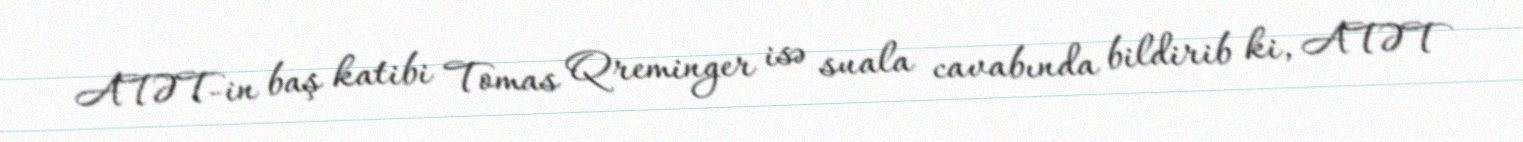
ATƏT-in baş katibi Tomas Qreminger isə suala cavabında bildirib ki, ATƏT